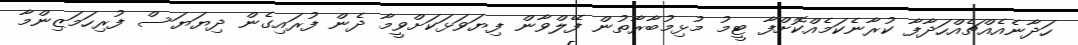
ހަދާނެއެއްޗެއްހަދާފާ ކުރާނެކަމެއްކޮށްފާ ޓީމު މުޅިމުބާރާތުން ފޭލްވާން ފިޔަވަޅަކަށްވީމާ ދެން ފުރައިގެން ދިޔަޔަސް ފުރިހަމަޒިންމާ